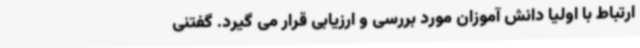
ارتباط با اولیا دانش آموزان مورد بررسی و ارزیابی قرار می گیرد. گفتنی